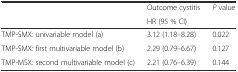
| <ROWSPAN=2>  | Outcome cystitis | <ROWSPAN=2> P value |
 | HR (95 % CI) |
 | --- | --- | --- |
 | TMP-SMX: univariable model (a) | 3.12 (1.18–8.28) | 0.022 |
 | TMP-SMX: first multivariable model (b) | 2.29 (0.79–6.67) | 0.127 |
 | TMP-MSX: second multivariable model (c) | 2.21 (0.76–6.39) | 0.144 |